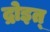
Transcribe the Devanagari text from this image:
द्रोइत्